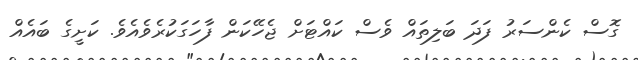
ގޮސް ކެންސަރު ފަދަ ބަލިތައް ވެސް ކައްޓަށް ޖެހޭކަން ފާހަގަކުރެވެއެވެ. ކަށީގެ ބައެއް